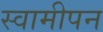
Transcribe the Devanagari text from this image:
स्वामीपन